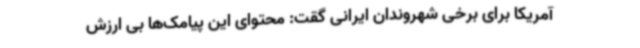
آمریکا برای برخی شهروندان ایرانی گقت: محتوای این پیامک‌ها بی ارزش